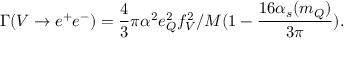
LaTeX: \Gamma ( V \rightarrow e ^ { + } e ^ { - } ) = \frac 4 3 \pi \alpha ^ { 2 } e _ { Q } ^ { 2 } f _ { V } ^ { 2 } / M ( 1 - \frac { 1 6 \alpha _ { s } ( m _ { Q } ) } { 3 \pi } ) .